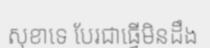
សុខាទេ បែរជាធ្វើមិនដឹង